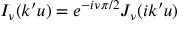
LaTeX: I _ { \nu } ( k ^ { \prime } u ) = e ^ { - i \nu \pi / 2 } J _ { \nu } ( i k ^ { \prime } u )